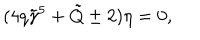
( 4 q \tilde { \gamma } ^ { 5 } + \tilde { Q } \pm 2 ) \eta = 0 ,